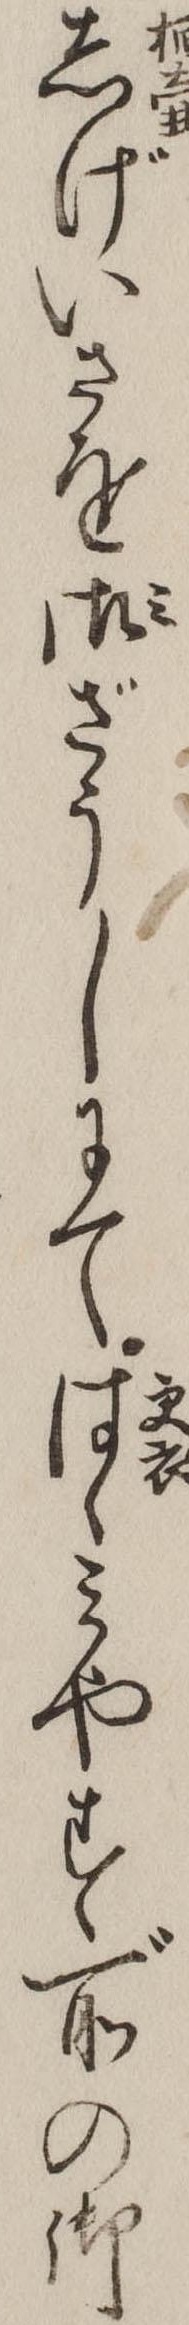
しげいさを御ざうしにてはゝみやす所の御